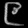
Digit: ၉